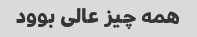
همه چیز عالی بوود